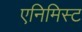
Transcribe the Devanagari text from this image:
एनिमिस्ट